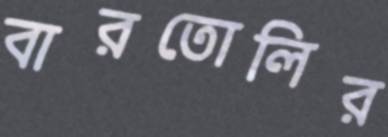
বারতোলির